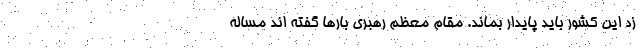
زد این کشور باید پایدار بماند. مقام معظم رهبری بارها گفته اند مساله